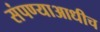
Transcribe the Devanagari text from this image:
संपण्याआधीच